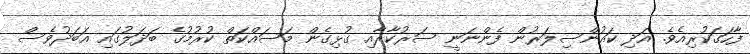
ފާހަގަކުރިއެެވެ. އަދި ކައުންސިލަރުން ފެންނަނީ ސަރުކާރާއި ގުޅިގެން މަސައްކަތް ކުރުމުގެ ބަދަލުގައި އަބަދުވެސް